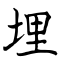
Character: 埋